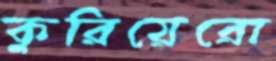
কুরিয়েরো